Report on the working of the Ranchi Indian Mental Hospital, Kanke, in Bihar and Orissa - 1930-1940
Year: 1930
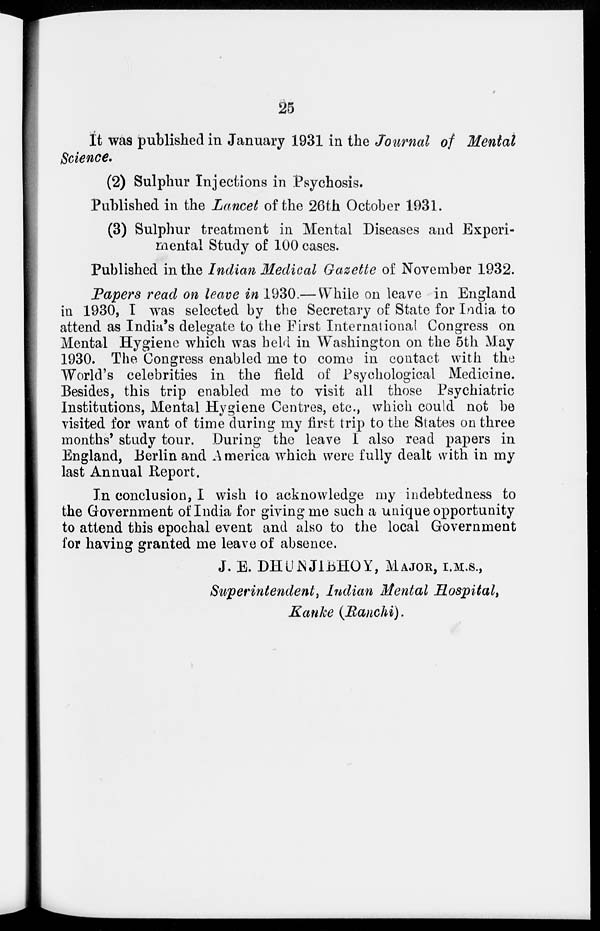
25
It was published in January 1931 in the Journal of Mental
Science.
(2) Sulphur Injections in Psychosis.
Published in the Lancet of the 26th October 1931.
(3) Sulphur treatment in Mental Diseases and Experi-
mental Study of 100 cases.
Published in the Indian Medical Gazette of November 1932.
Papers read on leave in 1930.— While on leave in England
in 1930, I was selected by the Secretary of State for India to
attend as India's delegate to the First International Congress on
Mental Hygiene which was held in Washington on the 5th May
1930. The Congress enabled me to come in contact with the
World's celebrities in the field of Psychological Medicine.
Besides, this trip enabled me to visit all those Psychiatric
Institutions, Mental Hygiene Centres, etc., which could not be
visited for want of time during my first trip to the States on three
months' study tour. During the leave I also read papers in
England, Berlin and America which were fully dealt with in my
last Annual Report.
In conclusion, I wish to acknowledge my indebtedness to
the Government of India for giving me such a unique opportunity
to attend this epochal event and also to the local Government
for having granted me leave of absence.
J. E. DHUNJIBHOY, MAJOR, I.M.S.,
Superintendent, Indian Mental Hospital,
Kanke (Ranchi).